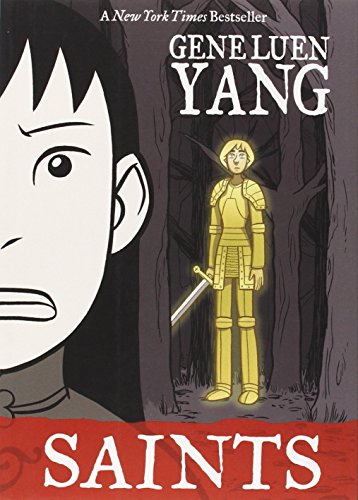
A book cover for Boxers & Saints Boxed Set; Gene Luen Yang; Teen & Young Adult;